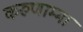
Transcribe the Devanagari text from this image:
करुणाम्मा